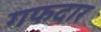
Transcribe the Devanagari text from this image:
गफदार